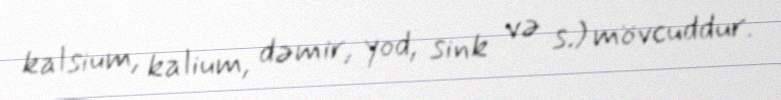
kalsium, kalium, dəmir, yod, sink və s.) mövcuddur.